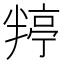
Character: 𭁙